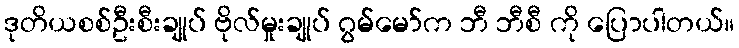
ဒုတိယစစ်ဦးစီးချုပ် ဗိုလ်မှုးချုပ် ဂွမ်မော်က ဘီ ဘီစီ ကို ပြောပါတယ်။